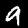
Digit: 9